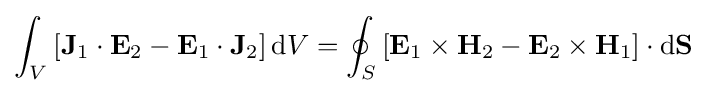
\int _{V}\left[\mathbf {J} _{1}\cdot \mathbf {E} _{2}-\mathbf {E} _{1}\cdot \mathbf {J} _{2}\right]\mathrm {d} V=\oint _{S}\left[\mathbf {E} _{1}\times \mathbf {H} _{2}-\mathbf {E} _{2}\times \mathbf {H} _{1}\right]\cdot \mathbf {\mathrm {d} S} \